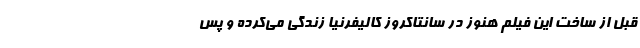
قبل از ساخت این فیلم هنوز در سانتاکروز کالیفرنیا زندگی می‌کرده و پس